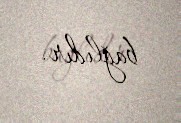
bağlıdır.